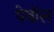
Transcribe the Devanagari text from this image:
पेवॉल